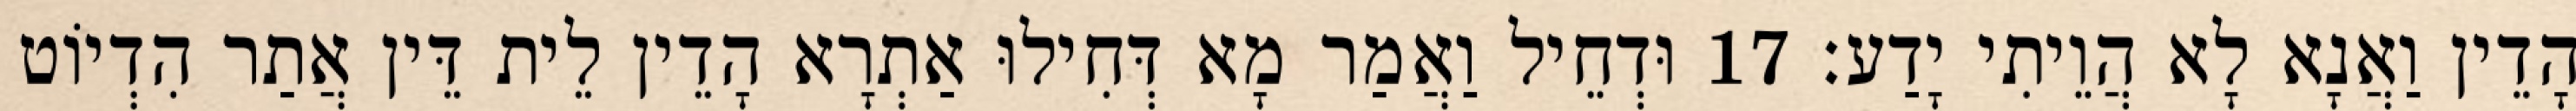
הָדֵין וַאֲנָא לָא הֲוֵיתִי יָדַע׃ 17 וּדְחֵיל וַאֲמַר מָא דְּחִילוּ אַתְרָא הָדֵין לֵית דֵּין אֲתַר הִדְיוֹט